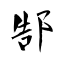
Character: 郜